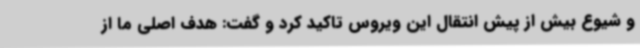
و شیوع بیش از پیش انتقال این ویروس تاکید کرد و گفت: هدف اصلی ما از